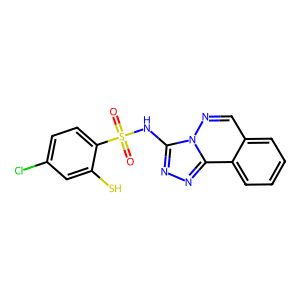
SMILES: O=S(=O)(Nc1nnc2c3ccccc3cnn12)c1ccc(Cl)cc1S
Inhibits HIV replication: Yes